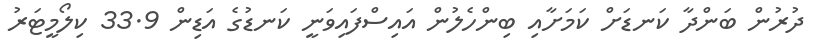
ދުރުން ބަންދާ ކަނޑަށް ކަމަށާއި ބިންހެލުން އައިސްފައިވަނީ ކަނޑުގެ އަޑިން 33.9 ކިލޯމީޓަރު